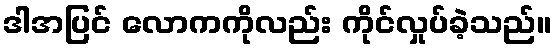
ဒါအပြင် လောကကိုလည်း ကိုင်လှုပ်ခဲ့သည်။